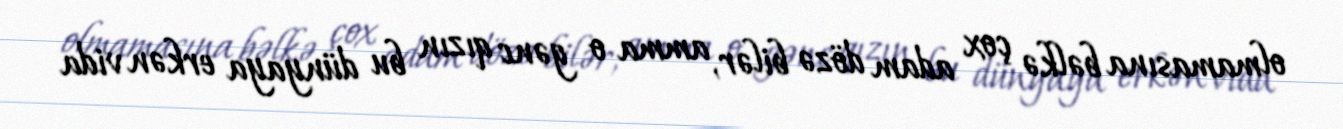
olmamasına bəlkə çox adam dözə bilər, amma o gənc qızın bu dünyaya erkən vida